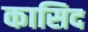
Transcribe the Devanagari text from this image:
कासिद